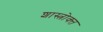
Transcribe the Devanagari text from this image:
शास्‍त्रोक्‍त